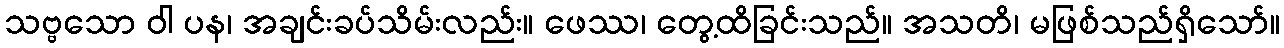
သဗ္ဗသော ဝါ ပန၊ အချင်းခပ်သိမ်းလည်း။ ဖေဿ၊ တွေ့ထိခြင်းသည်။ အသတိ၊ မဖြစ်သည်ရှိသော်။